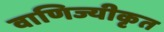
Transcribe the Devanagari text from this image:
वाणिज्यीकृत